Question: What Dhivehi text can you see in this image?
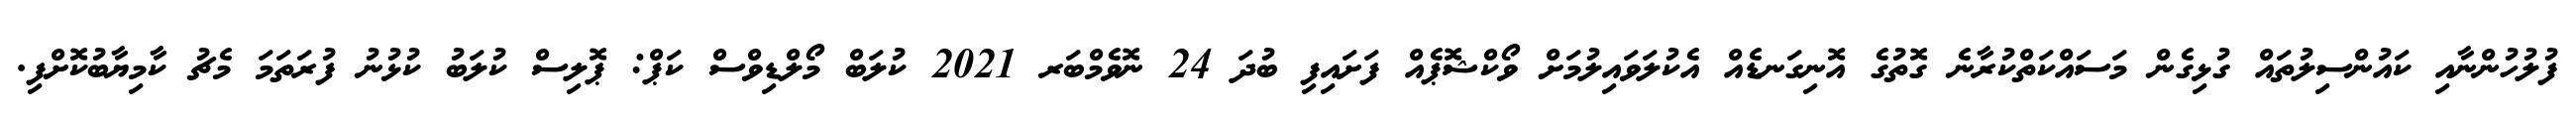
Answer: ފުލުހުންނާއި ކައުންސިލުތައް ގުޅިގެން މަސައްކަތްކުރާނެ ގޮތުގެ އޮނިގަނޑެއް އެކުލަވައިލުމަށް ވޯކްޝޮޕެއް ފަށައިފި ބުދަ 24 ނޮވެމްބަރ 2021 ކުލަބް މޯލްޑިވްސް ކަޕް: ޕޮލިސް ކުލަބު ކުޅުނު ފުރަތަމަ މެޗު ކާމިޔާބުކޮށްފި.